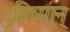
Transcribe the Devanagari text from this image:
तुविष्मान्